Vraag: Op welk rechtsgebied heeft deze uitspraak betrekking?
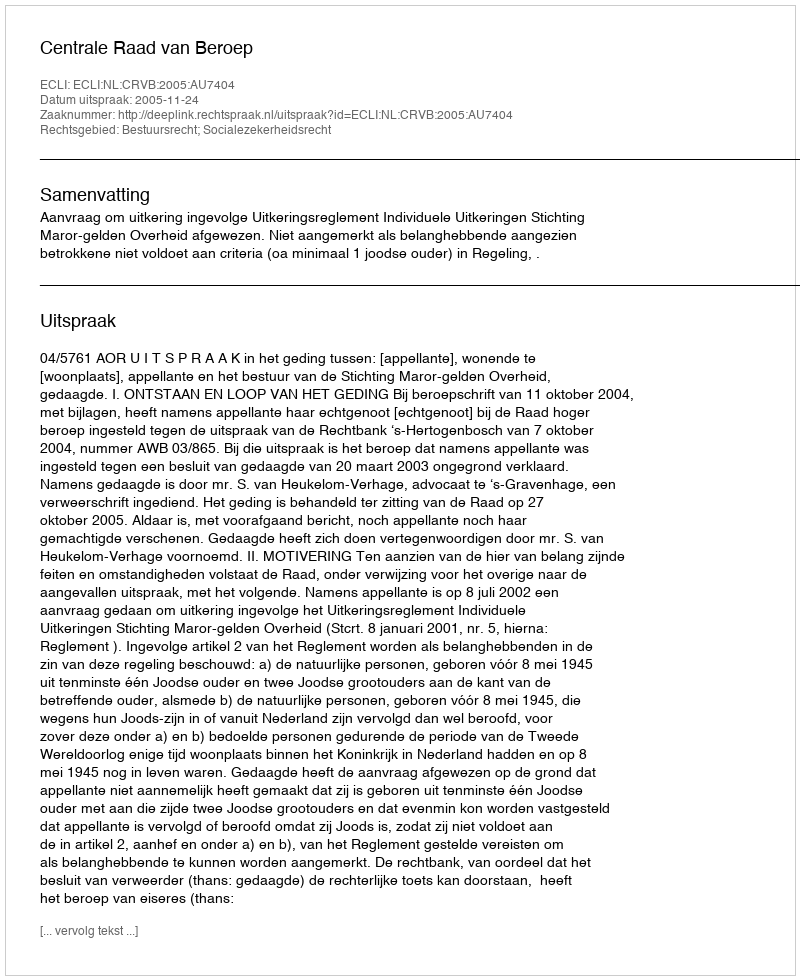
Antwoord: Bestuursrecht; Socialezekerheidsrecht